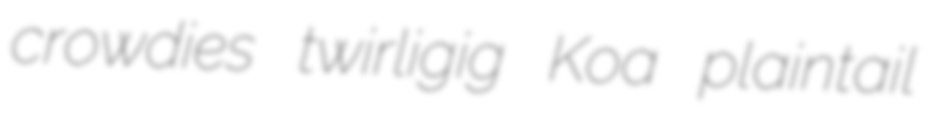
crowdies twirligig Koa plaintail